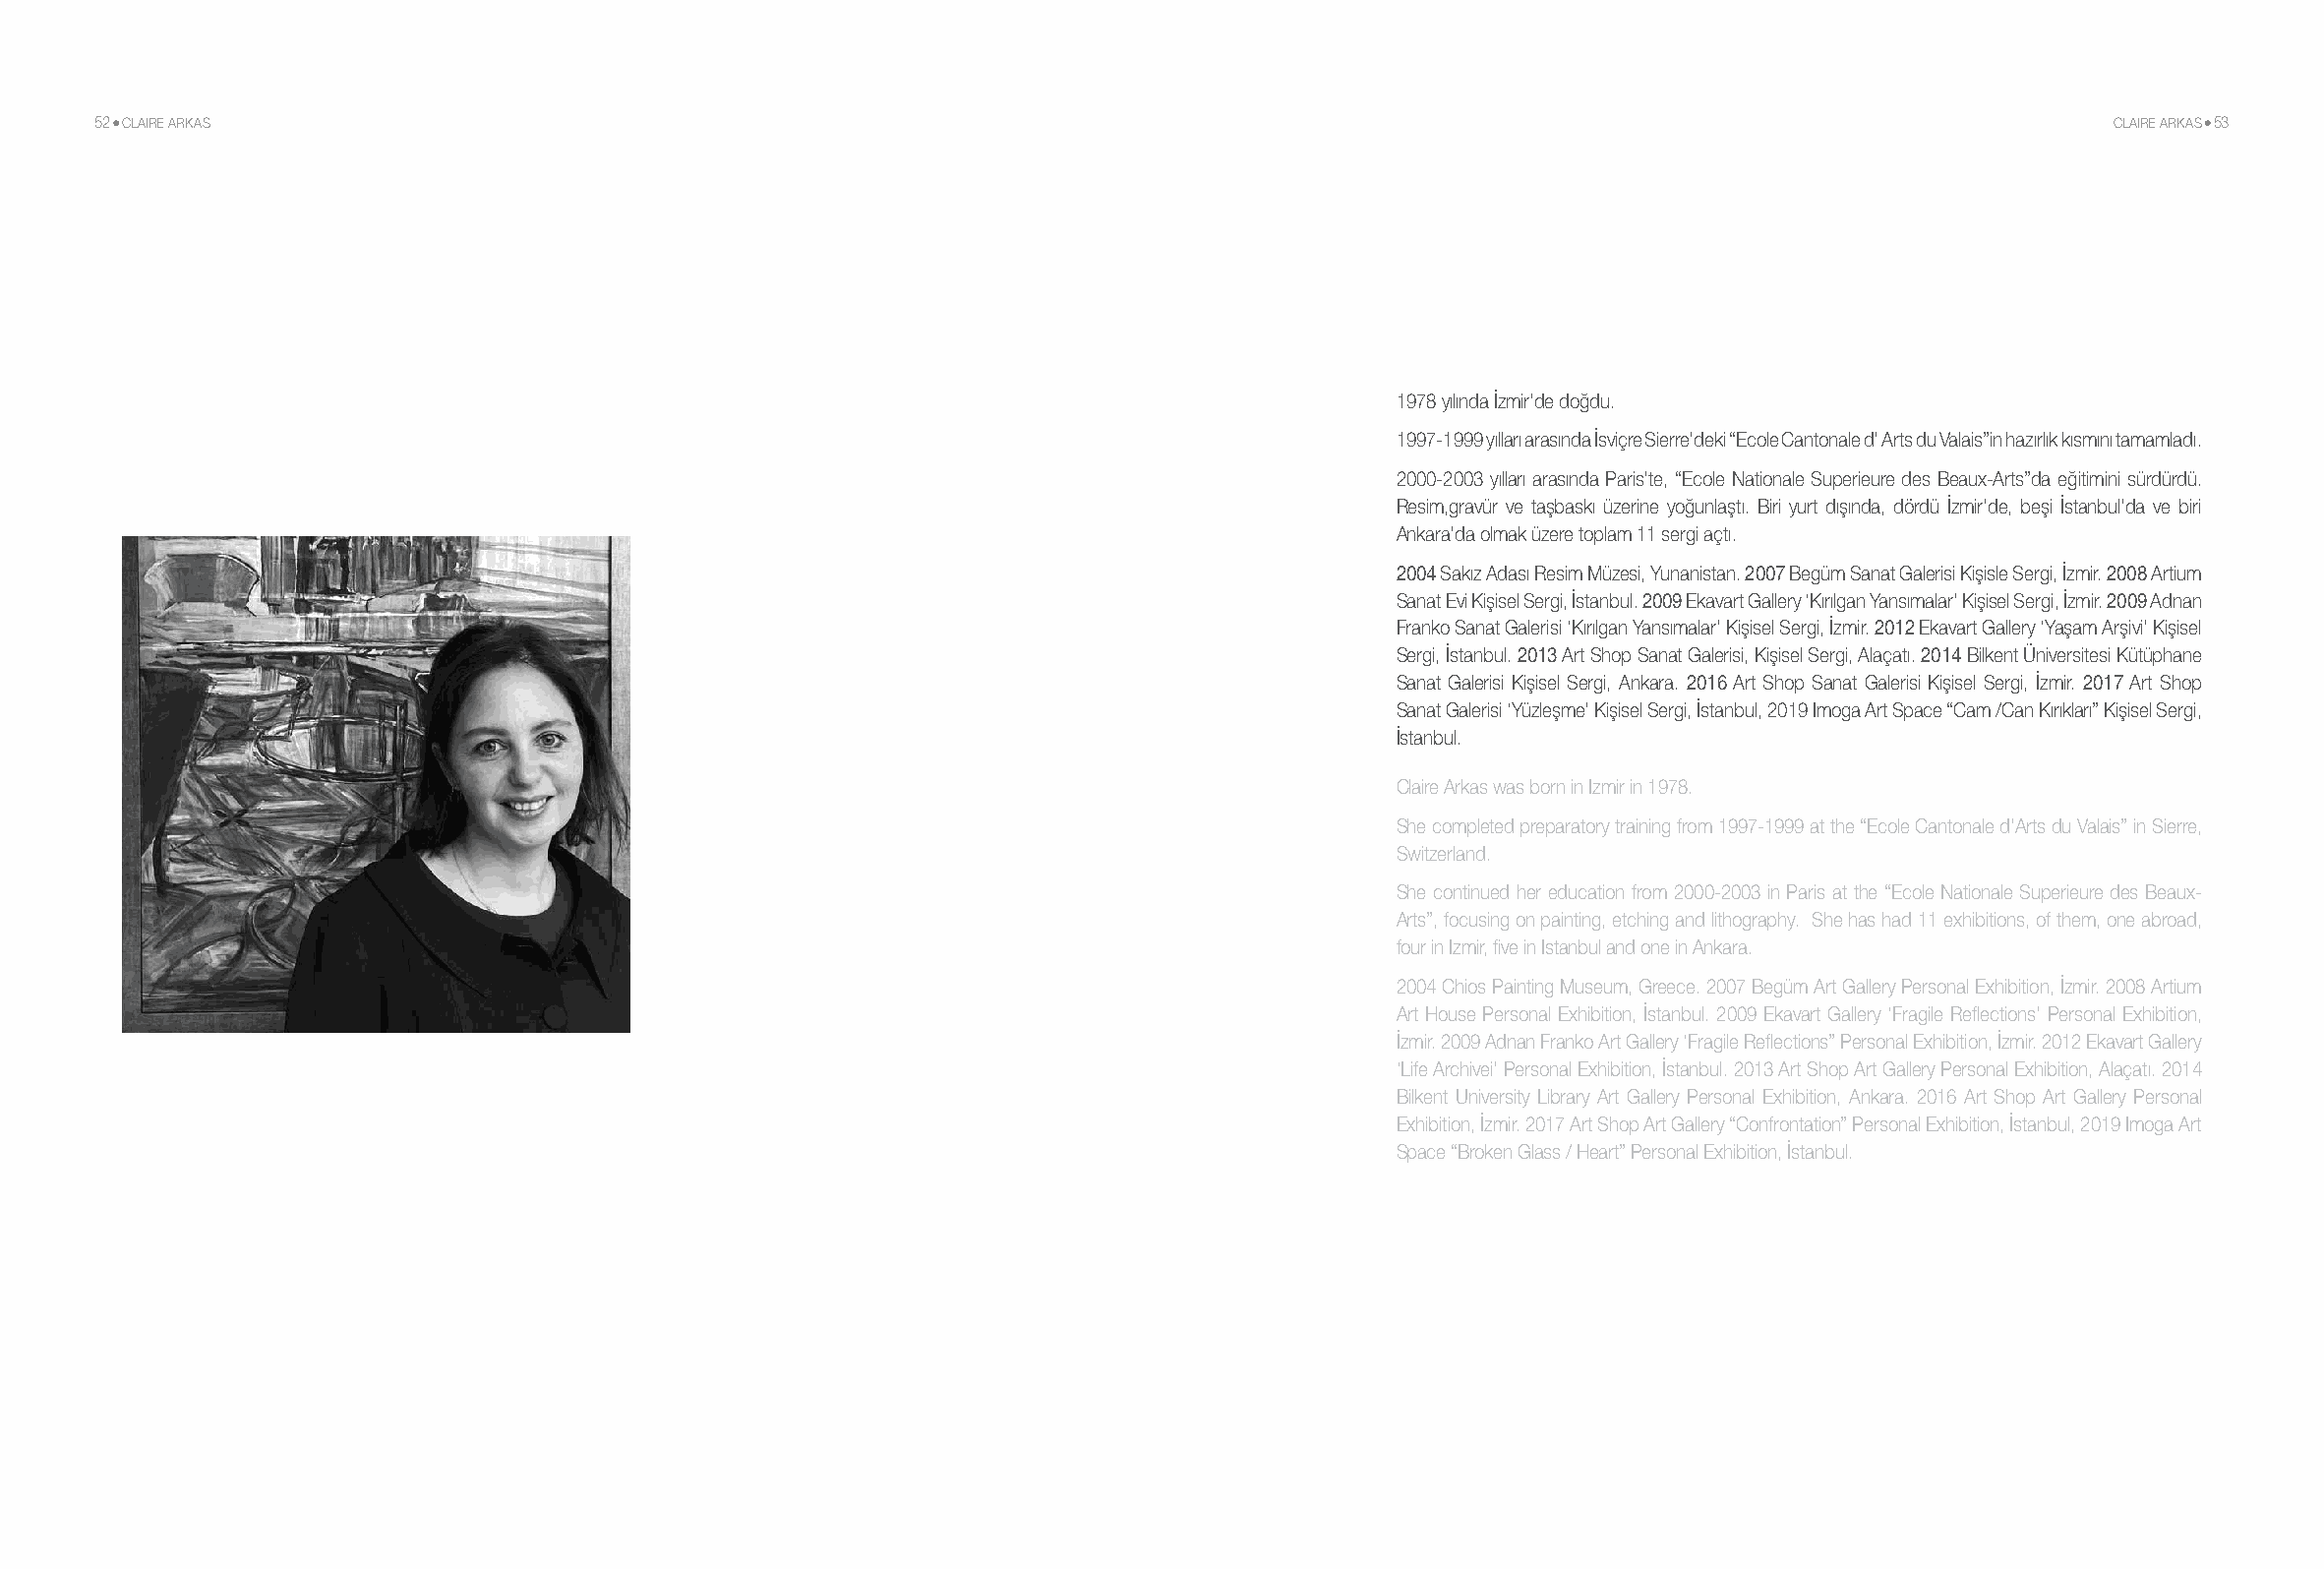
52 CLAIRE ARKAS                                                                                                                         CLAIRE ARKAS 53
 1978 yılında İzmir’de doğdu.
 1997-1999 yılları arasında İsviçre Sierre’deki “Ecole Cantonale d’ Arts du Valais”in hazırlık kısmını tamamladı.
 2000-2003 yılları arasında Paris’te, “Ecole Nationale Superieure des Beaux-Arts”da eğitimini sürdürdü.
 Resim,gravür ve taşbaskı üzerine yoğunlaştı. Biri yurt dışında, dördü İzmir’de, beşi İstanbul’da ve biri
 Ankara’da olmak üzere toplam 11 sergi açtı.
 2004 Sakız Adası Resim Müzesi, Yunanistan. 2007 Begüm Sanat Galerisi Kişisle Sergi, İzmir. 2008 Artium
 Sanat Evi Kişisel Sergi, İstanbul. 2009 Ekavart Gallery ‘Kırılgan Yansımalar’ Kişisel Sergi, İzmir. 2009 Adnan
 Franko Sanat Galerisi ‘Kırılgan Yansımalar’ Kişisel Sergi, İzmir. 2012 Ekavart Gallery ‘Yaşam Arşivi’ Kişisel
 Sergi, İstanbul. 2013 Art Shop Sanat Galerisi, Kişisel Sergi, Alaçatı. 2014 Bilkent Üniversitesi Kütüphane
 Sanat Galerisi Kişisel Sergi, Ankara. 2016 Art Shop Sanat Galerisi Kişisel Sergi, İzmir. 2017 Art Shop
 Sanat Galerisi ‘Yüzleşme’ Kişisel Sergi, İstanbul, 2019 Imoga Art Space “Cam /Can Kırıkları” Kişisel Sergi,
 İstanbul.
 Claire Arkas was born in Izmir in 1978.
 She completed preparatory training from 1997-1999 at the “Ecole Cantonale d’Arts du Valais” in Sierre,
 Switzerland.
 She continued her education from 2000-2003 in Paris at the “Ecole Nationale Superieure des Beaux-
 Arts”, focusing on painting, etching and lithography. She has had 11 exhibitions, of them, one abroad,
 four in Izmir, five in Istanbul and one in Ankara.
 2004 Chios Painting Museum, Greece. 2007 Begüm Art Gallery Personal Exhibition, İzmir. 2008 Artium
 Art House Personal Exhibition, İstanbul. 2009 Ekavart Gallery ‘Fragile Reflections’ Personal Exhibition,
 İzmir. 2009 Adnan Franko Art Gallery ‘Fragile Reflections” Personal Exhibition, İzmir. 2012 Ekavart Gallery
 ‘Life Archivei’ Personal Exhibition, İstanbul. 2013 Art Shop Art Gallery Personal Exhibition, Alaçatı. 2014
 Bilkent University Library Art Gallery Personal Exhibition, Ankara. 2016 Art Shop Art Gallery Personal
 Exhibition, İzmir. 2017 Art Shop Art Gallery “Confrontation” Personal Exhibition, İstanbul, 2019 Imoga Art
 Space “Broken Glass / Heart” Personal Exhibition, İstanbul.